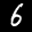
Label: 6